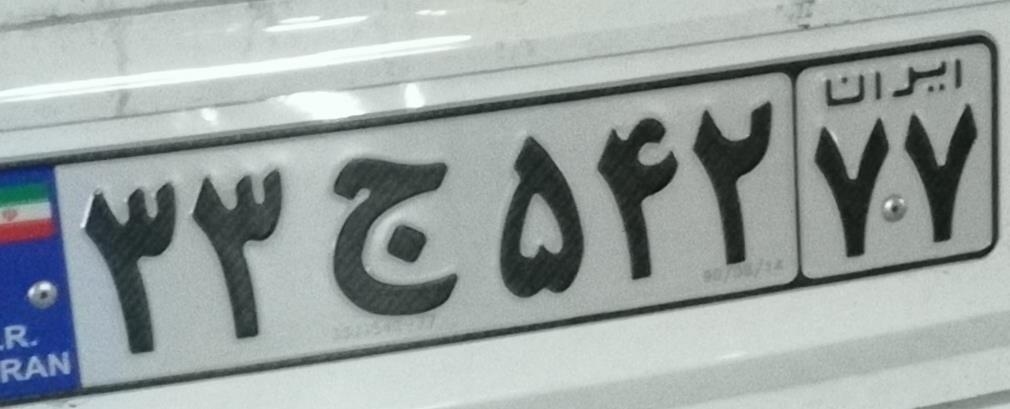
۳۳ج۵۴۲۷۷